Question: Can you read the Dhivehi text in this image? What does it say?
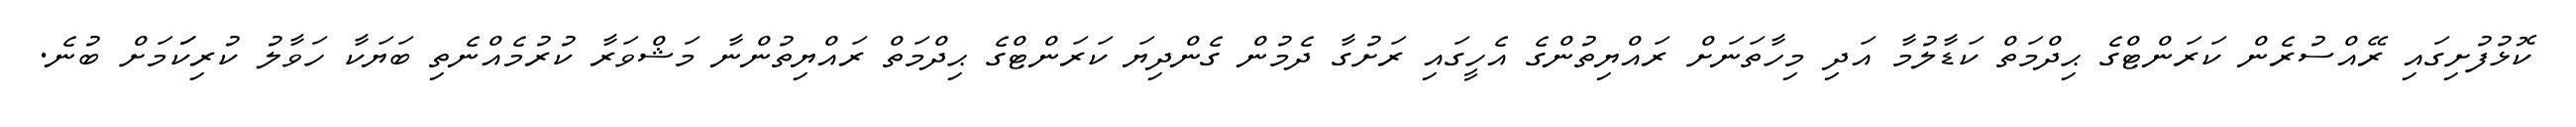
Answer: ކޮޅުފުށިގައި ރޭއްސުރެން ކަރަންޓްގެ ޙިދްމަތް ކަޑާލުމާ އަދި މިހާތަނަށް ރައްޔިތުންގެ އެހީގައި ރަށުގާ ދެމުން ގެންދިޔަ ކަރަންޓްގެ ޙިދްމަތް ރައްޔިތުންނާ މަޝްވަރާ ކުރުމެއްނެތި ބަޔަކާ ހަވާލު ކުރިކަަަމަށް ބުނެ.